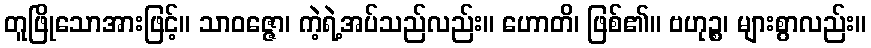
တူဖြိုသောအားဖြင့်။ သာဝဇ္ဇော၊ ကဲ့ရဲ့အပ်သည်လည်း။ ဟောတိ၊ ဖြစ်၏။ ဗဟုဉ္စ၊ များစွာလည်း။